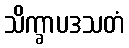
သိက္ခာပဒသတံ